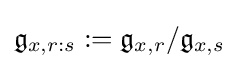
{\mathfrak {g}}_{x,r:s}:={\mathfrak {g}}_{x,r}/{\mathfrak {g}}_{x,s}